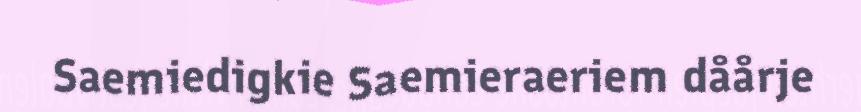
Saemiedigkie Saemieraeriem dåårje